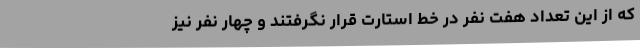
که از این تعداد هفت نفر در خط استارت قرار نگرفتند و چهار نفر نیز